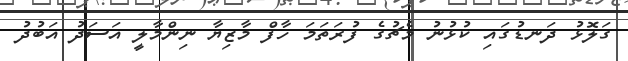
ގަލޮޅު ދަނޑުގައި ކުޅުނު މެޗުގެ ފުރަތަމަ ހާފް މާޒިޔާ ނިންމާލީ އަސަދު އަބުދު